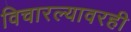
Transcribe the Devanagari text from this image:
विचारल्यावरही